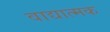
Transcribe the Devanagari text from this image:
वाद्यात्मक